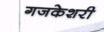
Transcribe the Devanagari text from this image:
गजकेशरी